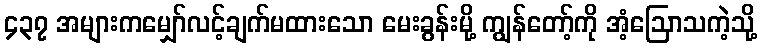
၄၃၇ အများကမျှော်လင့်ချက်မထားသော မေးခွန်းမို့ ကျွန်တော့်ကို အံ့ဩောသကဲ့သို့